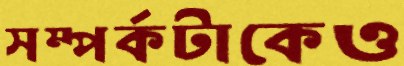
সম্পর্কটাকেও